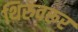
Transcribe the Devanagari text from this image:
थिरुवरूर